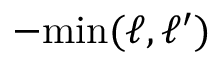
- \mathrm { m i n } ( \ell , \ell ^ { \prime } )